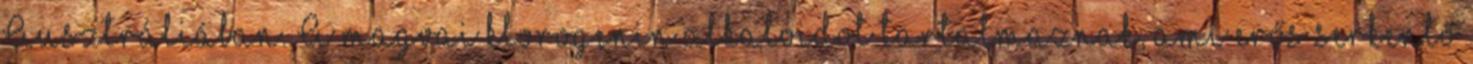
Ausztráliában. A magvai klorogenin alkaloidot tartalmaznak, ami erős serkentő